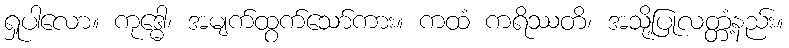
ရှုပါလော။ ကုဒ္ဓေါ၊ အမျက်ထွက်သော်ကား။ ကထံ ကရိဿတိ၊ အသို့ပြုလတ္တံ့နည်း။